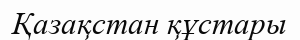
Қазақстан құстары